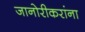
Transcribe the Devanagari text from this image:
जानोरीकरांना